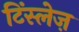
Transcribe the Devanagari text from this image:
टिंस्लेज़